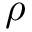
\rho